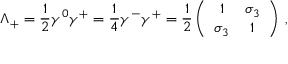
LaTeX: \Lambda _ { + } = { \frac { 1 } { 2 } } \gamma ^ { 0 } \gamma ^ { + } = { \frac { 1 } { 4 } } \gamma ^ { - } \gamma ^ { + } = { \frac { 1 } { 2 } } \left( \begin{array} { c c } { { 1 } } & { { \sigma _ { 3 } } } \\ { { \sigma _ { 3 } } } & { { 1 } } \end{array} \right) \; ,